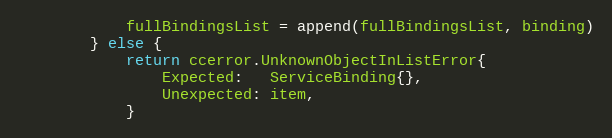
Language: Go
			fullBindingsList = append(fullBindingsList, binding)
		} else {
			return ccerror.UnknownObjectInListError{
				Expected:   ServiceBinding{},
				Unexpected: item,
			}